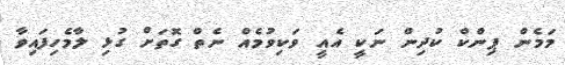
މަމެން ޕިންކް ކުދިން ނަކީ އެއީ ވަކިވުމެެއް ނެތް ގޮތަށް ގުޅި ލާމެހިފައިވާ